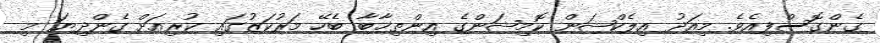
ގެންގޮސްފިއެވެ. މިއަދު އިލެކްޝަން ކޮމިޝަންގެ އިންތިޚާބާ ބެހޭ މަރުކަޒުގައި ކުރިއަށް ގެންދިޔަ މި